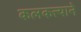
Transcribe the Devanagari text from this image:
कलकत्त्याने